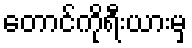
တောင်ကိုရီးယားမှ